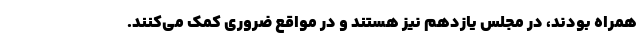
همراه بودند، در مجلس یازدهم نیز هستند و در مواقع ضروری کمک می‌کنند.